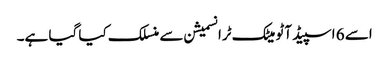
اسے 6 اسپیڈ آٹو میٹک ٹرانسمیشن سے منسلک کیا گیا ہے۔